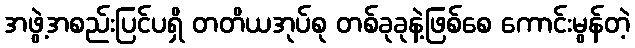
အဖွဲ့အစည်းပြင်ပရှိ တတိယအုပ်စု တစ်ခုခုနဲ့ဖြစ်စေ ကောင်းမွန်တဲ့